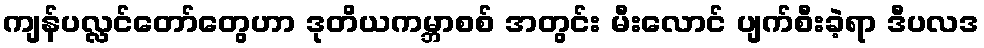
ကျန်ပလ္လင်တော်တွေဟာ ဒုတိယကမ္ဘာစစ် အတွင်း မီးလောင် ပျက်စီးခဲ့ရာ ဒီပလဒ